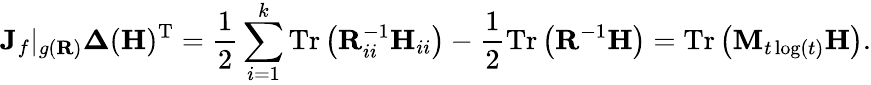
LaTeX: \mathbf{J}_{f}|_{g(\mathbf{R})}\boldsymbol{\Delta}(\mathbf{H})^{\mathrm{T}}=\frac{1}{2}\sum_{i=1}^{k}\mathrm{Tr}\left(\mathbf{R}_{ii}^{-1}\mathbf{H}_{ii}\right)-\frac{1}{2}\mathrm{Tr}\left(\mathbf{R}^{-1}\mathbf{H}\right)=\mathrm{Tr}\left(\mathbf{M}_{t\log(t)}\mathbf{H}\right).